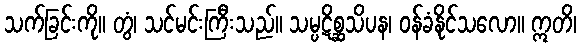
သက်ခြင်းကို။ တွံ၊ သင်မင်းကြီးသည်။ သမ္ပဋိစ္ဆသိပန၊ ဝန်ခံနိုင်သလော။ ဣတိ၊